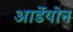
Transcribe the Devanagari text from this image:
आर्डेयोन